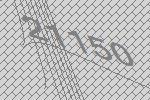
21150